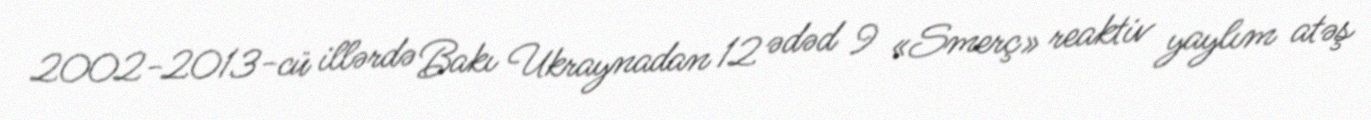
2002-2013-cü illərdə Bakı Ukraynadan 12 ədəd 9 «Smerç» reaktiv yaylım atəş